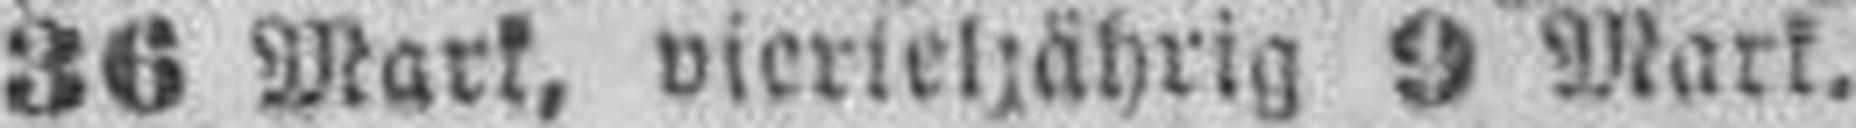
36 Mark, vierteljährig 9 Mark.